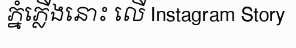
ភ្នំភ្លើងនោះ លើ Instagram Story